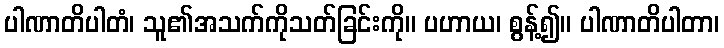
ပါဏာတိပါတံ၊ သူ၏အသက်ကိုသတ်ခြင်းကို။ ပဟာယ၊ စွန့်၍။ ပါဏာတိပါတာ၊